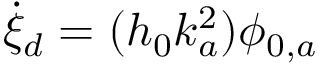
\dot { \xi } _ { d } = ( h _ { 0 } k _ { a } ^ { 2 } ) \phi _ { 0 , a }